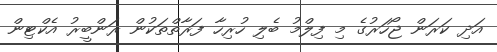
އަދި ކަރަން ޖޯހަރުގެ މި ފިލްމު ބެލި ހުރިހާ ފަރާތްތަކުން ރަންބީރު އެކްޓިން